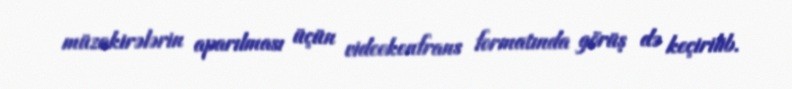
müzakirələrin aparılması üçün videokonfrans formatında görüş də keçirilib.